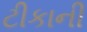
ટીકાની